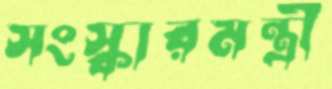
সংস্কারমন্ত্রী